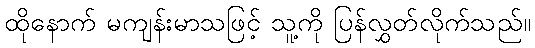
ထိုနောက် မကျန်းမာသဖြင့် သူ့ကို ပြန်လွှတ်လိုက်သည်။